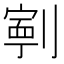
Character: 𭄑